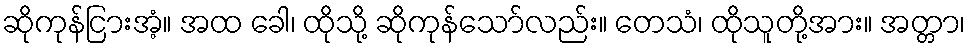
ဆိုကုန်ငြားအံ့။ အထ ခေါ၊ ထိုသို့ ဆိုကုန်သော်လည်း။ တေသံ၊ ထိုသူတို့အား။ အတ္တာ၊